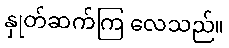
နှုတ်ဆက်ကြ လေသည်။